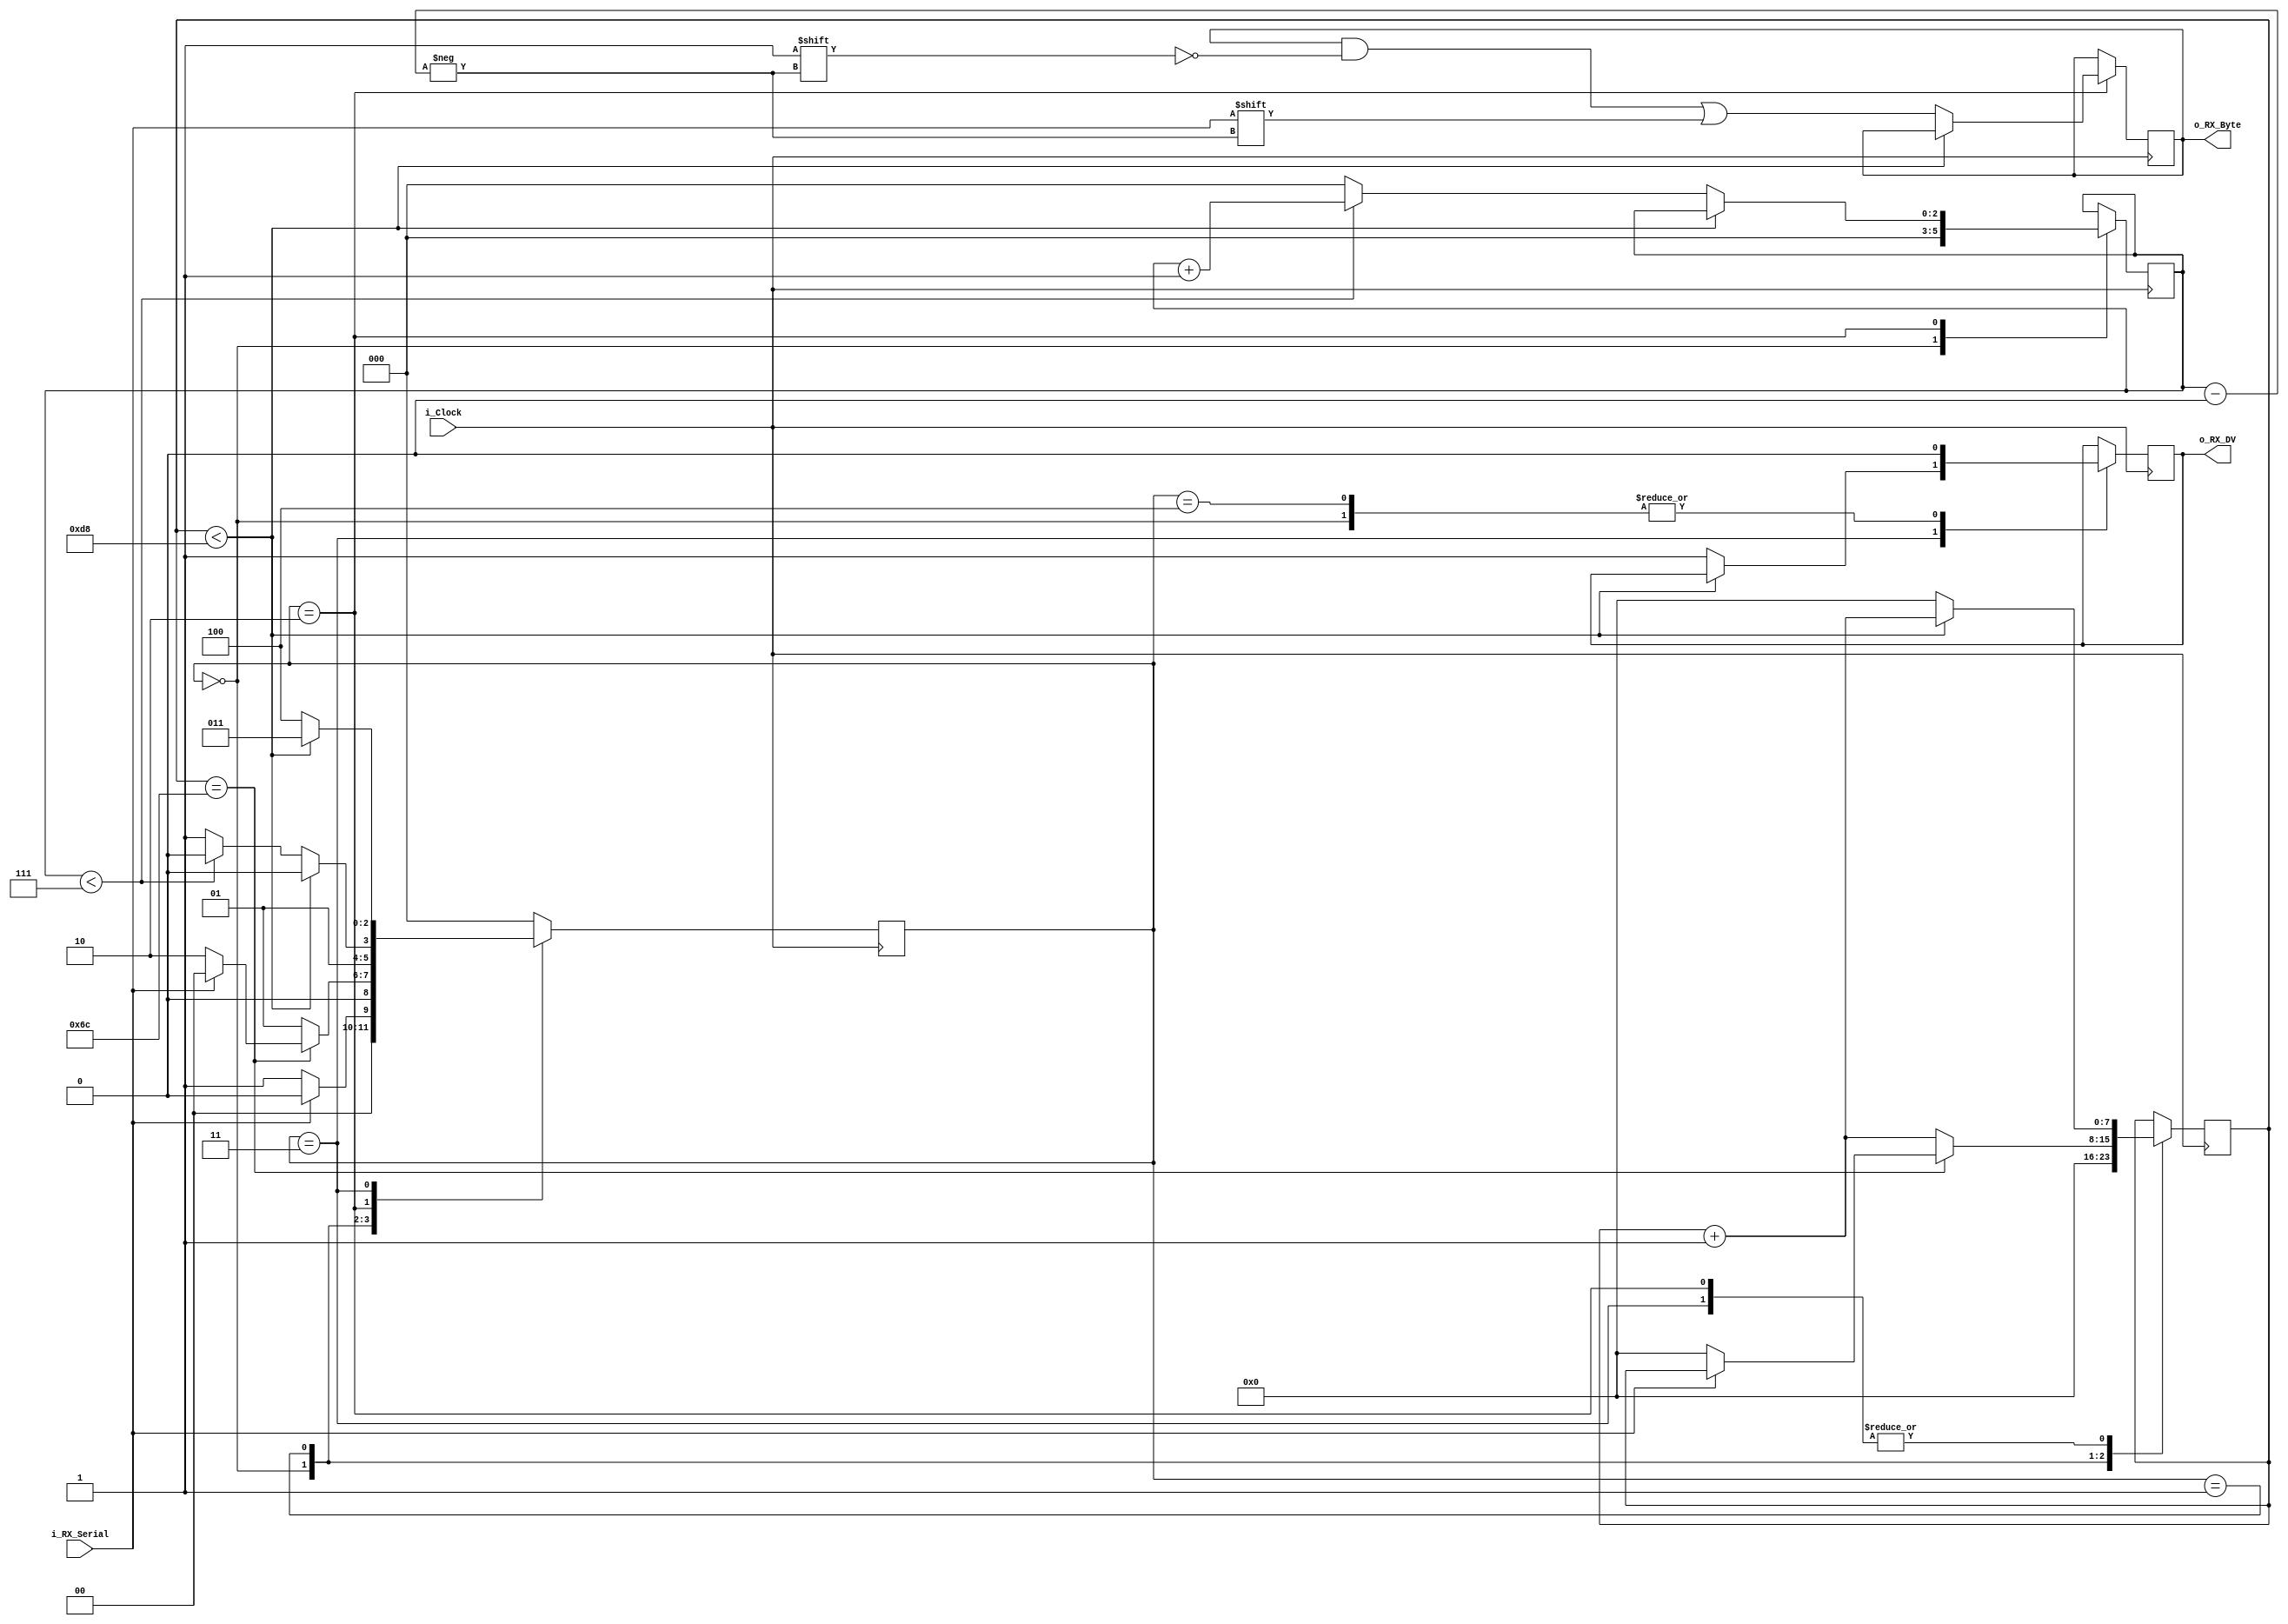
module UART_RX
  #(parameter CLKS_PER_BIT = 217)
  (
   input        i_Clock,
   input        i_RX_Serial,
   output       o_RX_DV,
   output [7:0] o_RX_Byte
   );
   
  parameter IDLE         = 3'b000;
  parameter RX_START_BIT = 3'b001;
  parameter RX_DATA_BITS = 3'b010;
  parameter RX_STOP_BIT  = 3'b011;
  parameter CLEANUP      = 3'b100;
  
  reg [7:0] r_Clock_Count = 0;
  reg [2:0] r_Bit_Index   = 0; //8 bits total
  reg [7:0] r_RX_Byte     = 0;
  reg       r_RX_DV       = 0;
  reg [2:0] r_SM_Main     = 0;
  
  
  // Purpose: Control RX state machine
  always @(posedge i_Clock)
  begin
      
    case (r_SM_Main)
      IDLE :
        begin
          r_RX_DV       <= 1'b0;
          r_Clock_Count <= 0;
          r_Bit_Index   <= 0;
          
          if (i_RX_Serial == 1'b0)          // Start bit detected
            r_SM_Main <= RX_START_BIT;
          else
            r_SM_Main <= IDLE;
        end
      
      // Check middle of start bit to make sure it's still low
      RX_START_BIT :
        begin
          if (r_Clock_Count == (CLKS_PER_BIT-1)/2)
          begin
            if (i_RX_Serial == 1'b0)
            begin
              r_Clock_Count <= 0;  // reset counter, found the middle
              r_SM_Main     <= RX_DATA_BITS;
            end
            else
              r_SM_Main <= IDLE;
          end
          else
          begin
            r_Clock_Count <= r_Clock_Count + 1;
            r_SM_Main     <= RX_START_BIT;
          end
        end // case: RX_START_BIT
      
      
      // Wait CLKS_PER_BIT-1 clock cycles to sample serial data
      RX_DATA_BITS :
        begin
          if (r_Clock_Count < CLKS_PER_BIT-1)
          begin
            r_Clock_Count <= r_Clock_Count + 1;
            r_SM_Main     <= RX_DATA_BITS;
          end
          else
          begin
            r_Clock_Count          <= 0;
            r_RX_Byte[r_Bit_Index] <= i_RX_Serial;
            
            // Check if we have received all bits
            if (r_Bit_Index < 7)
            begin
              r_Bit_Index <= r_Bit_Index + 1;
              r_SM_Main   <= RX_DATA_BITS;
            end
            else
            begin
              r_Bit_Index <= 0;
              r_SM_Main   <= RX_STOP_BIT;
            end
          end
        end // case: RX_DATA_BITS
      
      
      // Receive Stop bit.  Stop bit = 1
      RX_STOP_BIT :
        begin
          // Wait CLKS_PER_BIT-1 clock cycles for Stop bit to finish
          if (r_Clock_Count < CLKS_PER_BIT-1)
          begin
            r_Clock_Count <= r_Clock_Count + 1;
     	    r_SM_Main     <= RX_STOP_BIT;
          end
          else
          begin
       	    r_RX_DV       <= 1'b1;
            r_Clock_Count <= 0;
            r_SM_Main     <= CLEANUP;
          end
        end // case: RX_STOP_BIT
      
      
      // Stay here 1 clock
      CLEANUP :
        begin
          r_SM_Main <= IDLE;
          r_RX_DV   <= 1'b0;
        end
      
      
      default :
        r_SM_Main <= IDLE;
      
    endcase
  end    
  
  assign o_RX_DV   = r_RX_DV;
  assign o_RX_Byte = r_RX_Byte;
  
endmodule